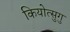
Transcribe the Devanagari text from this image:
कियोत्सुगु